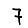
Digit: 7